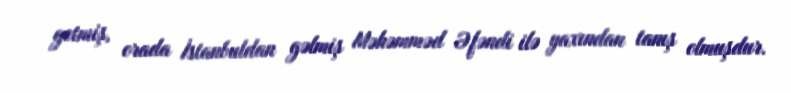
getmiş, orada İstanbuldan gəlmiş Məhəmməd Əfəndi ilə yaxından tanış olmuşdur.